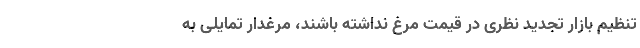
تنظیم بازار تجدید نظری در قیمت مرغ نداشته باشند، مرغدار تمایلی به